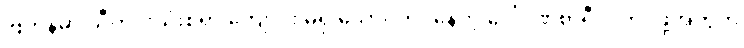
ဗြိတိန်မှာ သီတင်းသုံးစရာ ကျောင်း မရှိ သောင်တင်နေတဲ့ ဒေါ်ဂုဏစာရီ ဝါကပ်ဖို့အတွက်